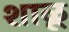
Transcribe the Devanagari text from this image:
शाळू